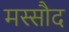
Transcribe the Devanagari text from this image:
मस्सौद